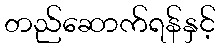
တည်ဆောက်ရန်နှင့်